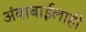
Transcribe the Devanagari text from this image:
अंबाबाईलाही